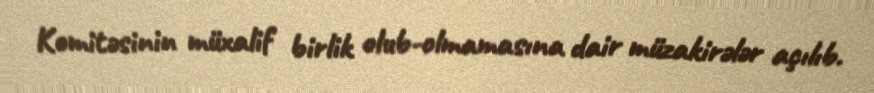
Komitəsinin müxalif birlik olub-olmamasına dair müzakirələr açılıb.